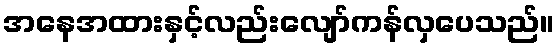
အနေအထားနှင့်လည်းလျော်ကန်လှပေသည်။